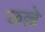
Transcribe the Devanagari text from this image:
छ्ल्ले